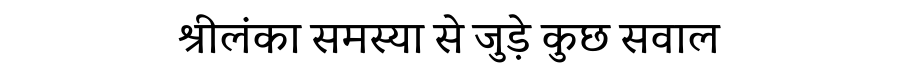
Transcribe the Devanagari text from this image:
श्रीलंका समस्या से जुड़े कुछ सवाल